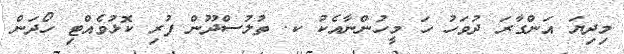
މިދިޔަ އަންގާރަ ދުވަހު ހަ މީހުންނާއެކު ކ. ތުލުސްދޫން ފުރި ކޮޅުވެއްޓި ހޯދަން